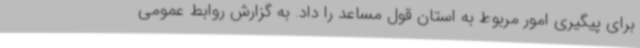
برای پیگیری امور مربوط به استان قول مساعد را داد. به گزارش روابط عمومی